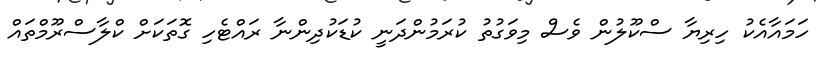
ހަމައާއެކު ހިރިޔާ ސްކޫލުން ވެސް މިވަގުތު ކުރަމުންދަނީ ކުޑަކުދިންނާ ރައްޓެހި ގޮތަކަށް ކްލާސްރޫމްތައް